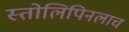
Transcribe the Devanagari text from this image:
स्तोलिपिनलाच